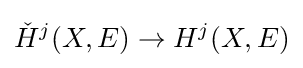
{\check {H}}^{j}(X,E)\to H^{j}(X,E)